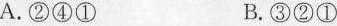
A.②④① B.③②①